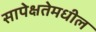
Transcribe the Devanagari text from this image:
सापेक्षतेमधील